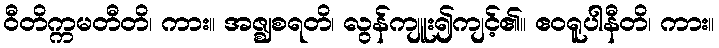
ဝီတိက္ကမတီတိ၊ ကား။ အဇ္ဈစရတိ၊ လွန်ကျူး၍ကျင့်၏။ ဧဝရူပါနီတိ၊ ကား။